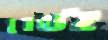
לשון